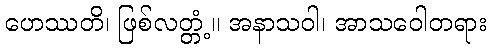
ဟေဿတိ၊ ဖြစ်လတ္တံ့။ အနာသဝါ၊ အာသဝေါတရား